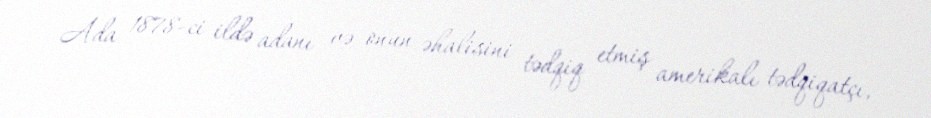
Ada 1878-ci ildə adanı və onun əhalisini tədqiq etmiş amerikalı tədqiqatçı,